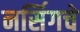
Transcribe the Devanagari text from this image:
नर्सिगचे